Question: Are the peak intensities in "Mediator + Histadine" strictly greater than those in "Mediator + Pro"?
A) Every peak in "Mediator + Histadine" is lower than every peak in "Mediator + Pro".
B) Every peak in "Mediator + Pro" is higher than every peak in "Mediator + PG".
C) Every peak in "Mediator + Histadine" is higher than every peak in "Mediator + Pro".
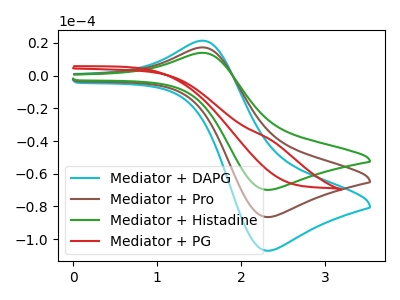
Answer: <think>The cyan curve "Mediator + DAPG" has an anodic peak at (1.55V, 34.50uA) and a cathodic peak at (2.30V, -173.05uA). The brown curve "Mediator + Pro" has an anodic peak at (1.55V, 17.25uA) and a cathodic peak at (2.30V, -86.50uA). The green curve "Mediator + Histadine" has an anodic peak at (1.55V, 13.90uA) and a cathodic peak at (2.30V, -69.90uA). The red curve "Mediator + PG" has no peaks.</think>
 <answer>A) Every peak in "Mediator + Histadine" is lower than every peak in "Mediator + Pro".</answer>
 <eval>A</eval>